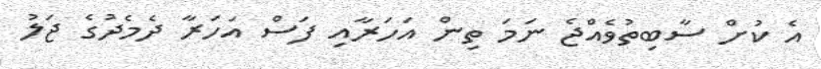
އެ ކުށް ސާބިތުވެއްޖެ ނަމަ ތިން އަހަރާއި ފަސް އަހަރާ ދެމެދުގެ ޖަލު